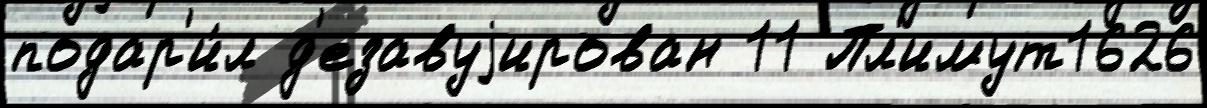
подар'и́л д'езавуjирован 11 Пл'имут1626